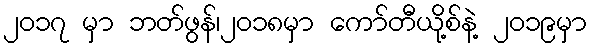
၂၀၁၇ မှာ ဘတ်ဖွန်၊၂၀၁၈မှာ ကော်တီယို့စ်နဲ့ ၂၀၁၉မှာ